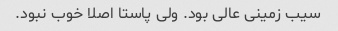
سیب زمینی عالی بود. ولی پاستا اصلا خوب نبود.